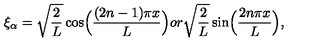
\xi _ { \alpha } = \sqrt { \frac { 2 } { L } } \cos \Bigl ( \frac { ( 2 n - 1 ) \pi x } { L } \Bigr ) { } o r \sqrt { \frac { 2 } { L } } \sin \Bigl ( \frac { 2 n \pi x } { L } \Bigr ) ,